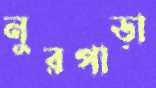
নুরপাড়া